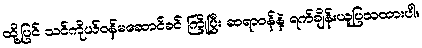
ထို့ပြင် သင်ကိုယ်ဝန်မဆောင်ခင် ကြိုပြီး ဆရာဝန်နဲ့ ရက်ချိန်းယူပြသထားပါ။